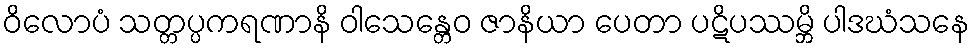
ဝိလောပံ သတ္တပ္ပကရဏာနိ ဝါသေန္တေဝ ဇာနိယာ ပေတာ ပဋိပဿမ္ဘိ ပါဒဃံသနေ